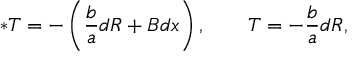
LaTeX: \ast T = - \left( { \frac { b } { a } } d R + B d x \right) , \qquad T = - { \frac { b } { a } } d R ,